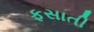
ફસાતી